Vaccination in the Punjab 1867-1880 - 1867-1880
Year: 1867
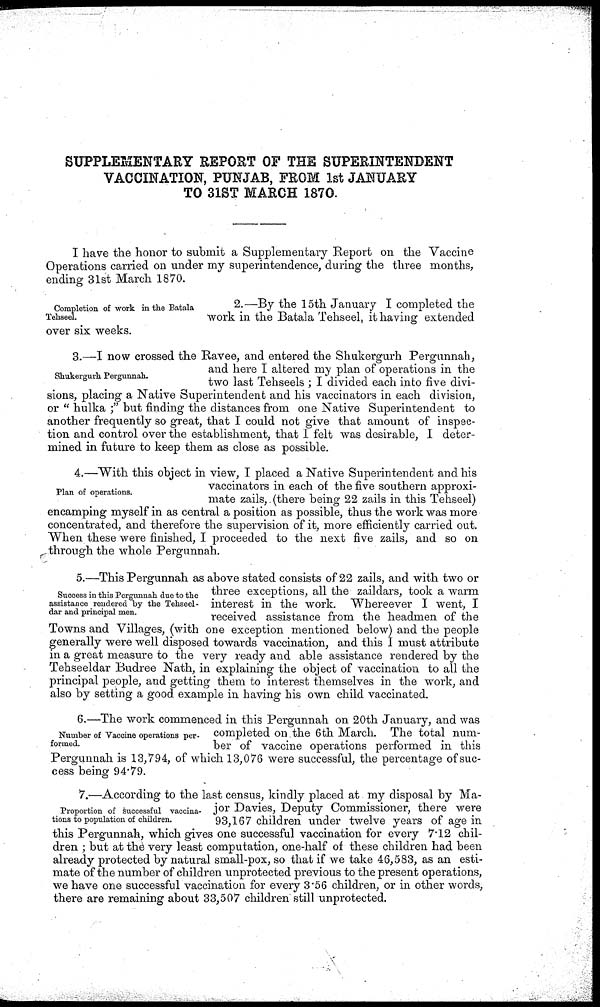
SUPPLEMENTARY REPORT OF THE SUPERINTENDENT
VACCINATION, PUNJAB, FROM 1st JANUARY
TO 31ST MARCH 1870.
I have the honor to submit a Supplementary Report on the Vaccine
Operations carried on under my superintendence, during the three months,
ending 31st March 1870.
Completion of work in the Batala
Tehseel.
2.—By the 15th January I completed the
work in the Batala Tehseel, it having extended
over six weeks.
Shukergurh Pergunnah.
3.—I now crossed the Ravee, and entered the Shukergurh Pergunnah,
and here I altered my plan of operations in the
two last Tehseels ; I divided each into five divi-
sions, placing a Native Superintendent and his vaccinators in each division,
or "hulka;" but finding the distances from one Native Superintendent to
another frequently so great, that I could not give that amount of inspec-
tion and control over the establishment, that I felt was desirable, I deter-
mined in future to keep them as close as possible.
Plan of operations.
4.—With this object in view, I placed a Native Superintendent and his
vaccinators in each of the five southern approxi-
mate zails, (there being 22 zails in this Tehseel)
encamping myself in as central a position as possible, thus the work was more
concentrated, and therefore the supervision of it, more efficiently carried out.
When these were finished, I proceeded to the next five zails, and so on
through the whole Pergunnah.
Success in this Pergunnah due to the
assistance rendered by the Tehseel-
dar and principal men.
5.—This Pergunnah as above stated consists of 22 zails, and with two or
three exceptions, all the zaildars, took a warm
interest in the work. Whereever I went, I
received assistance from the headmen of the
Towns and Villages, (with one exception mentioned below) and the people
generally were well disposed towards vaccination, and this I must attribute
in a great measure to the very ready and able assistance rendered by the
Tehseeldar Budree Nath, in explaining the object of vaccination to all the
principal people, and getting them to interest themselves in the work, and
also by setting a good example in having his own child vaccinated.
Number of Vaccine operations per-
formed.
6.—The work commenced in this Pergunnah on 20th January, and was
completed on the 6th March. The total num-
ber of vaccine operations performed in this
Pergunnah is 13,794, of which 13,076 were successful, the percentage of suc-
cess being 94.79.
Proportion of successful vaccina-
tions to population of children.
7.—According to the last census, kindly placed at my disposal by Ma-
jor Davies, Deputy Commissioner, there were
93,167 children under twelve years of age in
this Pergunnah, which gives one successful vaccination for every 7.12 chil-
dren ; but at the very least computation, one-half of these children had been
already protected by natural small-pox, so that if we take 46,583, as an esti-
mate of the number of children unprotected previous to the present operations,
we have one successful vaccination for every 3.56 children, or in other words,
there are remaining about 33,507 children still unprotected.